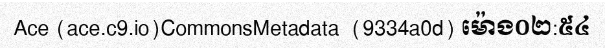
Ace (ace.c9.io)CommonsMetadata  (9334a0d) ម៉ោង០២:៥៤